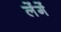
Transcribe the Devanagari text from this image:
लेंगें